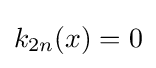
k_{2n}(x)=0